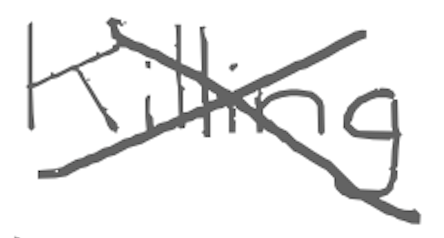
Text: Killing
Cross-out: mix
Writing tool: digital_gray